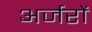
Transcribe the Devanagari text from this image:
अर्जरों